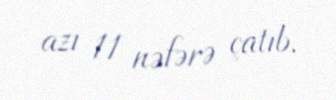
azı 11 nəfərə çatıb.